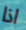
اذا